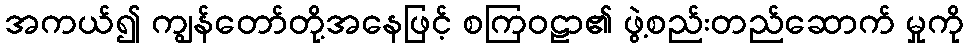
အကယ်၍ ကျွန်တော်တို့အနေဖြင့် စကြဝဠာ၏ ဖွဲ့စည်းတည်ဆောက် မှုကို